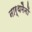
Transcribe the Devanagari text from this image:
नार्थमैनों